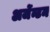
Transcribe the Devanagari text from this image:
अर्जेन्टम